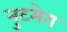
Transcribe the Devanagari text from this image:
नुटमेग